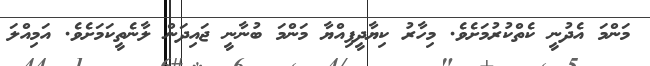
މަންމަ އެދުނީ ކެތްކުރުމަށެވެ. މިހާރު ކިޔާދީފިއްޔާ މަންމަ ބުނާނީ ޖައިދަން ލާނެތީކަމަށެވެ. އަމިއްލަ